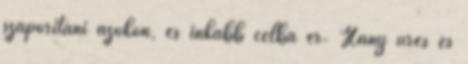
szaporítani azokon, és inkább célba ér. Hány üres és